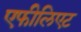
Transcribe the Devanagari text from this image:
एफीलिएट